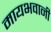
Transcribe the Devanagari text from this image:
मायभवानी